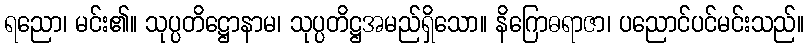
ရညော၊ မင်း၏။ သုပ္ပတိဋ္ဌောနာမ၊ သုပ္ပတိဋ္ဌအမည်ရှိသော။ နိဂြောဓရာဇာ၊ ပညောင်ပင်မင်းသည်။